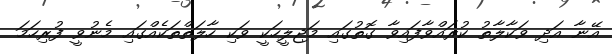
އޭނާ އަދި ވަކާލާތު ކުރައްވާފައިވާ ގޮތުގައި މަޖިލީހަކީ ވަކި ހާލަތްތަކެއްގައި މެނުވީ ފުރިހަމަ